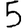
Digit: 5